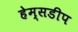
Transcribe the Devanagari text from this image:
हेम्सडीप